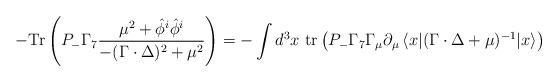
LaTeX: \begin{align*}-{\rm Tr}\left(P_-\Gamma_7\frac{\mu^2+\hat{\phi}^i\hat{\phi}^i}{-(\Gamma\cdot\Delta)^2+\mu^2}\right)=-\int d^3x\ {\rm tr}\left( P_-\Gamma_7\Gamma_\mu{\partial}_\mu\,\langle x|(\Gamma\cdot\Delta +\mu)^{-1}| x\rangle\right)\end{align*}